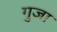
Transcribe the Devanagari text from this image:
गुजा